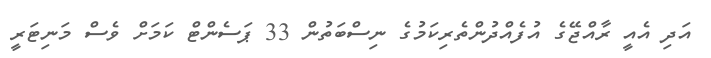
އަދި އެއީ ރާއްޖޭގެ އުފެއްދުންތެރިކަމުގެ ނިސްބަތުން 33 ޕަސެންޓް ކަމަށް ވެސް މަނިޓަރީ